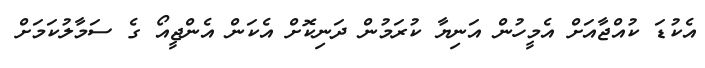
އެކުޑަ ކުއްޖާއަށް އެމީހުން އަނިޔާ ކުރަމުން ދަނިކޮށް އެކަން އެންޖީއޯ ގެ ސަމާލުކަމަށް